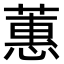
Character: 蕙